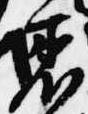
着